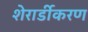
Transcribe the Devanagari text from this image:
शेरार्डीकरण